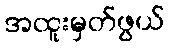
အထူးမှတ်ဖွယ်